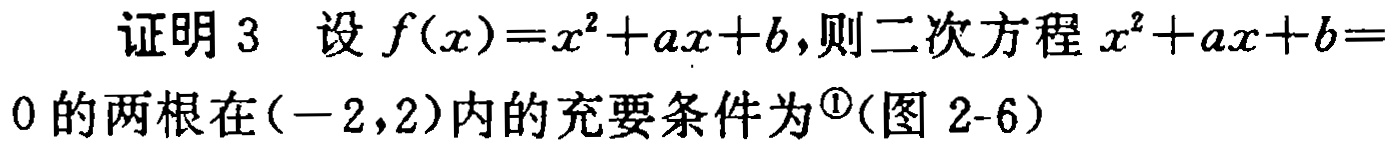
证明 3 设 \(f(x)=x^{2}+ax + b\),则二次方程 \(x^{2}+ax + b = 0\)的两根在\((-2,2)\)内的充要条件为\(^{\textcircled{1}}\)(图 2-6)